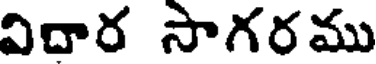
విదార సాగరము